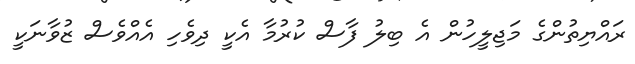
ރައްޔިތުންގެ މަޖިލީހުން އެ ބިލު ފާސް ކުރުމާ އެކީ ދިވެހި އެއްވެސް ޒުވާނަކީ